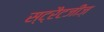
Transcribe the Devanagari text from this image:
स्ट्रैटजीज़